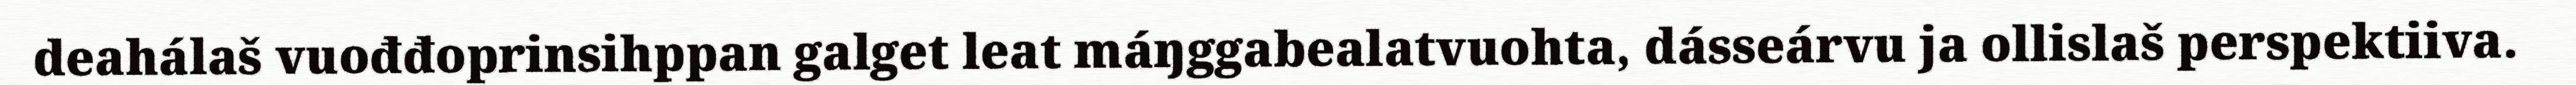
deahálaš vuođđoprinsihppan galget leat máŋggabealatvuohta, dásseárvu ja ollislaš perspektiiva.